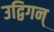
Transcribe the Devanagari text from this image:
उद्विगन्